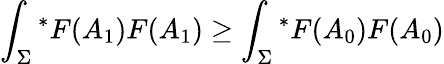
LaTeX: \int_{\Sigma}{^\ast}F(A_{1})F(A_{1})\geq\int_{\Sigma}{^\ast}F(A_{0})F(A_{0})